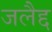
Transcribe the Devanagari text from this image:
जलैद्द